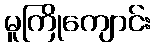
မူကြိုကျောင်း